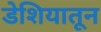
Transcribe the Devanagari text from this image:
डेशियातून